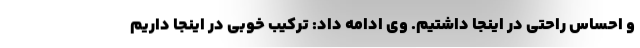
و احساس راحتی در اینجا داشتیم. وی ادامه داد: ترکیب خوبی در اینجا داریم